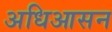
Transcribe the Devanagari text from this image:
अधिआसन